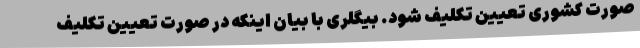
صورت کشوری تعیین تکلیف شود. بیگلری با بیان اینکه در صورت تعیین تکلیف